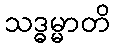
သဒ္ဓမ္မာတိ